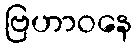
ဗြဟာဝနေ